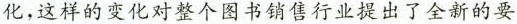
化，这样的变化对整个图书销售行业提出了全新的要